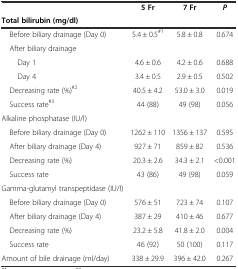
<table><thead><tr><td></td><td><b>5 Fr</b></td><td><b>7 Fr</b></td><td><b><i>P</i></b></td></tr><tr><td><b>Total bilirubin (mg/dl)</b></td><td></td><td></td><td></td></tr></thead><tbody><tr><td> Before biliary drainage (Day 0)</td><td>5.4 ± 0.5<sup>#1</sup></td><td>5.8 ± 0.8</td><td>0.674</td></tr><tr><td> After biliary drainage</td><td></td><td></td><td></td></tr><tr><td>Day 1</td><td>4.6 ± 0.6</td><td>4.2 ± 0.6</td><td>0.688</td></tr><tr><td>Day 4</td><td>3.4 ± 0.5</td><td>2.9 ± 0.5</td><td>0.502</td></tr><tr><td> Decreasing rate (%)<sup>#2</sup></td><td>40.5 ± 4.2</td><td>53.0 ± 3.0</td><td>0.019</td></tr><tr><td> Success rate<sup>#3</sup></td><td>44 (88)</td><td>49 (98)</td><td>0.056</td></tr><tr><td>Alkaline phosphatase (IU/l)</td><td></td><td></td><td></td></tr><tr><td> Before biliary drainage (Day 0)</td><td>1262 ± 110</td><td>1356 ± 137</td><td>0.595</td></tr><tr><td> After biliary drainage (Day 4)</td><td>927 ± 71</td><td>859 ± 82</td><td>0.536</td></tr><tr><td> Decreasing rate (%)</td><td>20.3 ± 2.6</td><td>34.3 ± 2.1</td><td>&lt;0.001</td></tr><tr><td> Success rate</td><td>43 (86)</td><td>49 (98)</td><td>0.059</td></tr><tr><td>Gamma-glutamyl transpeptidase (IU/l)</td><td></td><td></td><td></td></tr><tr><td> Before biliary drainage (Day 0)</td><td>576 ± 51</td><td>723 ± 74</td><td>0.107</td></tr><tr><td> After biliary drainage (Day 4)</td><td>387 ± 29</td><td>410 ± 46</td><td>0.677</td></tr><tr><td> Decreasing rate (%)</td><td>23.2 ± 5.8</td><td>41.8 ± 2.0</td><td>0.004</td></tr><tr><td> Success rate</td><td>46 (92)</td><td>50 (100)</td><td>0.117</td></tr><tr><td>Amount of bile drainage (ml/day)</td><td>338 ± 29.9</td><td>396 ± 42.0</td><td>0.267</td></tr></tbody></table>